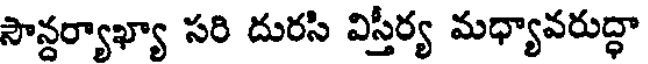
సౌన్దర్యాఖ్యా సరి దురసి విస్తీర్య మధ్యావరుద్ధా